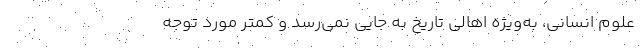
علوم انسانی، به‌ویژه اهالی تاریخ به جایی نمی‌رسد و کمتر مورد توجه